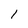
Character: 1